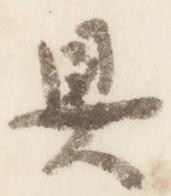
具